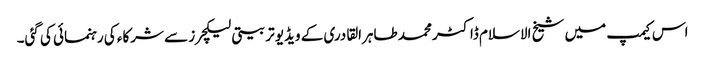
اس کیمپ میں شیخ الاسلام ڈاکٹر محمد طاہرالقادری کے ویڈیو تربیتی لیکچرز سے شرکاء کی رہنمائی کی گئی۔